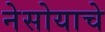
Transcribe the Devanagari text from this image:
नेसोयाचे